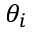
\theta _ { i }